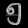
Digit: ၅